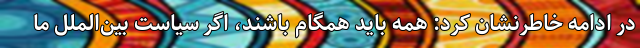
در ادامه خاطرنشان کرد: همه باید همگام باشند، اگر سیاست بین‌الملل ما